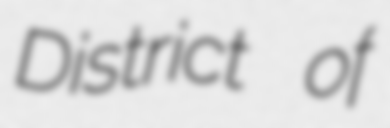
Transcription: District of